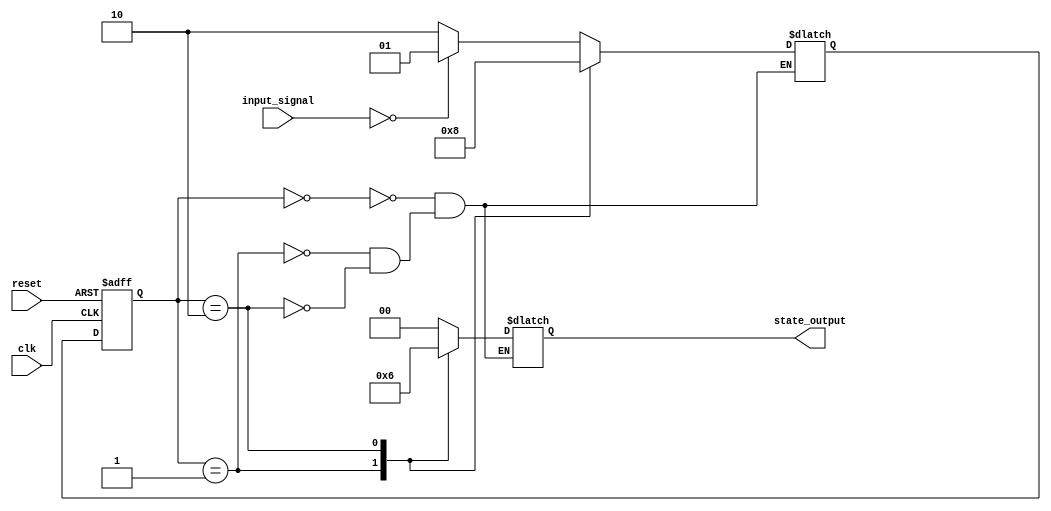
module state_machine(
    input clk,
    input reset,
    input [1:0] input_signal,
    output reg [1:0] state_output
);

parameter S0 = 2'b00;
parameter S1 = 2'b01;
parameter S2 = 2'b10;

reg [1:0] current_state, next_state;

always @(posedge clk or posedge reset) begin
    if (reset) begin
        current_state <= S0;
    end else begin
        current_state <= next_state;
    end
end

always @(current_state, input_signal) begin
    case(current_state)
        S0: begin
            if (input_signal == 2'b00) begin
                next_state = S1;
            end else begin
                next_state = S2;
            end
        end
        S1: begin
            next_state = S2;
        end
        S2: begin
            next_state = S0;
        end
    endcase
end

always @(current_state) begin
    case(current_state)
        S0: begin
            state_output = 2'b00;
        end
        S1: begin
            state_output = 2'b01;
        end
        S2: begin
            state_output = 2'b10;
        end
    endcase
end

endmodule